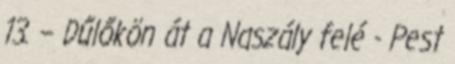
13. – Dűlőkön át a Naszály felé - Pest